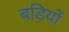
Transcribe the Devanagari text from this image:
बड़ियों